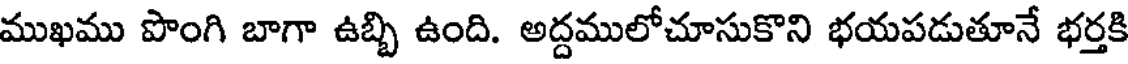
ముఖము పొంగి బాగా ఉబ్బి ఉంది. అద్దములోచూసుకొని భయపడుతూనే భర్తకి